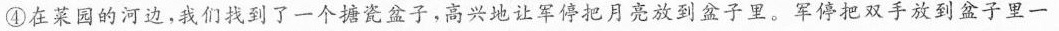
④在菜园的河边，我们找到了一个搪瓷盆子，高兴地让军停把月亮放到盆子里。军停把双手放到盆子里一